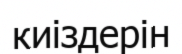
киіздерін